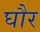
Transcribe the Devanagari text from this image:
घौर